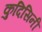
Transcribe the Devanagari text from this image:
कुदिसिनी